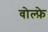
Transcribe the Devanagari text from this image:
वोल्फ़े